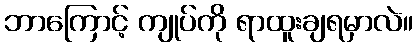
ဘာကြောင့် ကျုပ်ကို ရာထူးချရမှာလဲ။